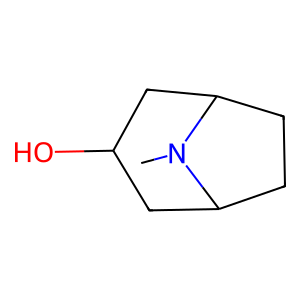
SMILES: CN1C2CCC1CC(O)C2
Inhibits HIV replication: No